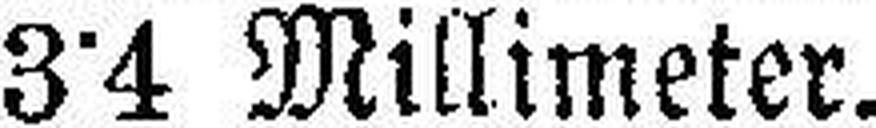
3°4 Millimeter.